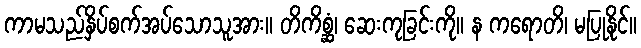
ကာမသည်နှိပ်စက်အပ်သောသူအား။ တိကိစ္ဆံ၊ ဆေးကုခြင်းကို။ န ကရောတိ၊ မပြုနိုင်။